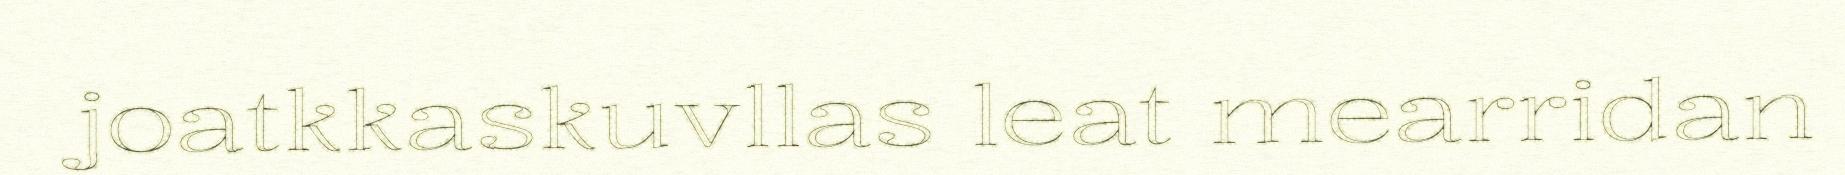
joatkkaskuvllas leat mearridan